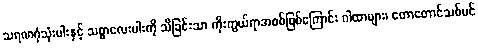
သရဏဂုံသုံးပါးနှင့် သစ္စာလေးပါးကို သိခြင်းသာ ကိုးကွယ်ရာအစစ်ဖြစ်ကြောင်း ဂါထာများ၊ တောတောင်သစ်ပင်